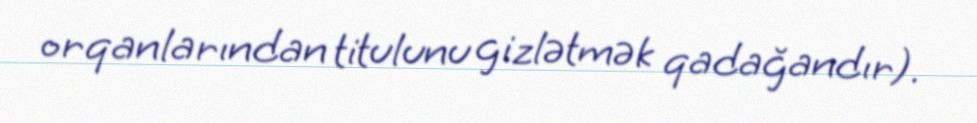
orqanlarından titulunu gizlətmək qadağandır).